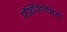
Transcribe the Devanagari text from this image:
मॉर्फ़ोजेनेसिस